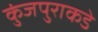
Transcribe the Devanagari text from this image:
कुंजपुराकडे